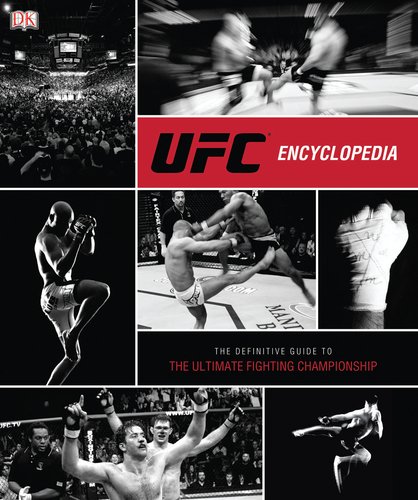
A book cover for UFC Encyclopedia; Thomas Gerbasi; Sports & Outdoors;